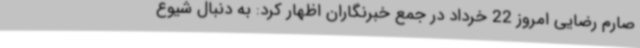
صارم رضایی امروز 22 خرداد در جمع خبرنگاران اظهار کرد: به دنبال شیوع